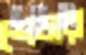
শেডার